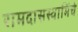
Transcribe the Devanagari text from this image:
रामदासस्वामिंचे